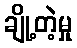
ချို့တဲ့မှု